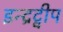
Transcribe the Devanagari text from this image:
इन्द्रद्वीप